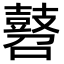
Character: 𪔓